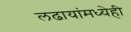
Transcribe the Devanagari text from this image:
लढायांमध्येही